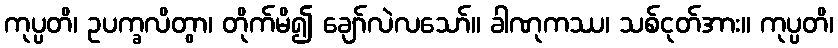
ကုပ္ပတိ၊ ဥပက္ခလိတွာ၊ တိုက်မိ၍ ချော်လဲလသော်။ ခါဏုကဿ၊ သစ်ငုတ်အား။ ကုပ္ပတိ၊